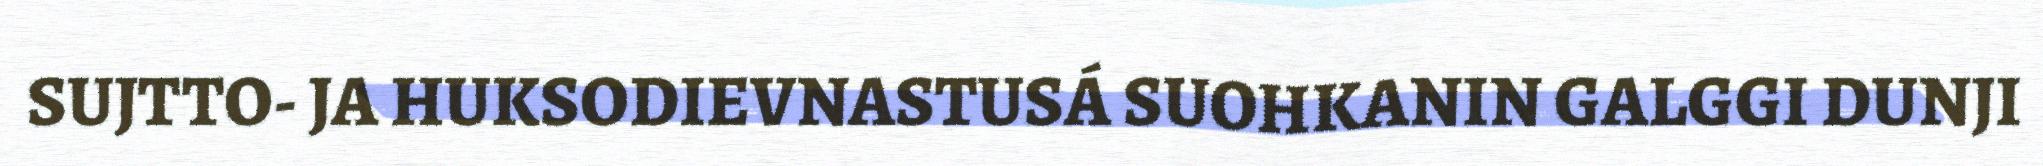
SUJTTO- JA HUKSODIEVNASTUSÁ SUOHKANIN GALGGI DUNJI